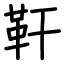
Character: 靬